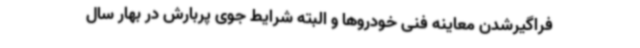
فراگیرشدن معاینه فنی خودروها و البته شرایط جوی پربارش در بهار سال